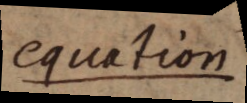
equation